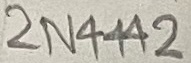
Text: 2N4442